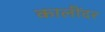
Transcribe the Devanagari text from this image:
कालींदर